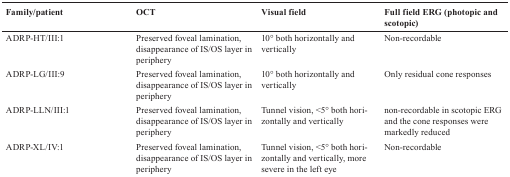
| Family/patient | OCT | Visual field | Full field ERG (photopic and scotopic) |
 | --- | --- | --- | --- |
 | ADRP-HT/III:1 | Preserved foveal lamination, disappearance of IS/OS layer in periphery | 10° both horizontally and vertically | Non-recordable |
 | ADRP-LG/III:9 | Preserved foveal lamination, disappearance of IS/OS layer in periphery | 10° both horizontally and vertically | Only residual cone responses |
 | ADRP-LLN/III:1 | Preserved foveal lamination, disappearance of IS/OS layer in periphery | Tunnel vision, <5° both horizontally and vertically | non-recordable in scotopic ERG and the cone responses were markedly reduced |
 | ADRP-XL/IV:1 | Preserved foveal lamination, disappearance of IS/OS layer in periphery | Tunnel vision, <5° both horizontally and vertically, more severe in the left eye | Non-recordable |